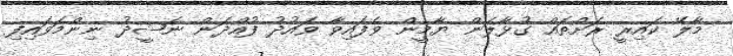
މާލޭ ކައިރީ ރަށްތައް ގުޅާލަން ޔާމީން ވެފައިވާ ވައުދު ފުއްދަން ނަޝީދު ނިންމަވައިފި